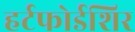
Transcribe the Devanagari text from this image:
हर्टफोर्डशिर